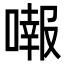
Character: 𠾷